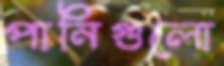
পানিগুলো